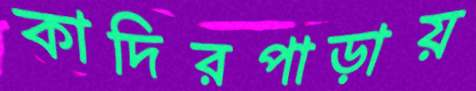
কাদিরপাড়ায়